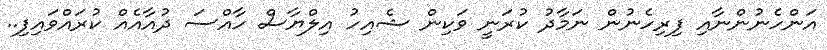
އަންހެނުންނާއި ފިރިހެނުން ނަމާދު ކުރަނީ ވަކިން ޝެއިހު އިލްޔާސް ހާއްސަ ދުއާއެއް ކުރައްވައިފި..